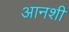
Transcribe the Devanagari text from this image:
आनशी